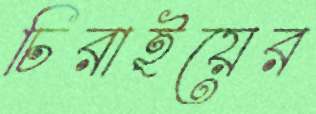
চিরাইয়ের